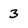
Character: 3